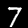
Label: 7